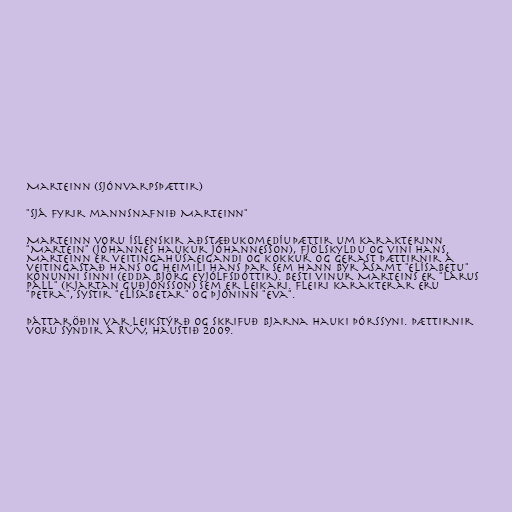
Marteinn (sjónvarpsþættir)

"Sjá fyrir mannsnafnið Marteinn"

Marteinn voru íslenskir aðstæðukomedíuþættir um karakterinn
"Martein" (Jóhannes Haukur Jóhannesson), fjölskyldu og vini hans.
Marteinn er veitingahúsaeigandi og kokkur og gerast þættirnir á
veitingastað hans og heimili hans þar sem hann býr ásamt "Elísabetu"
konunni sinni (Edda Björg Eyjólfsdóttir). Besti vinur Marteins er "Lárus
Páll" (Kjartan Guðjónsson) sem er leikari. Fleiri karakterar eru
"Petra", systir "Elísabetar" og þjóninn "Eva".

Þáttaröðin var leikstýrð og skrifuð Bjarna Hauki Þórssyni. Þættirnir
voru sýndir á RÚV, haustið 2009.